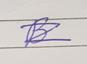
Signature authenticity: genuine